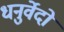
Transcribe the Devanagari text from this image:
धनुर्वेदो